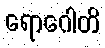
ရောဂေါတိ